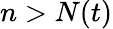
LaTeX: \textstyle n>N(t)